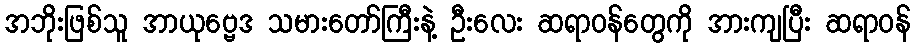
အဘိုးဖြစ်သူ အာယုဗ္ဗေဒ သမားတော်ကြီးနဲ့ ဦးလေး ဆရာဝန်တွေကို အားကျပြီး ဆရာဝန်